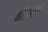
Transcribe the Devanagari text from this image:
शीघ्रलिपि